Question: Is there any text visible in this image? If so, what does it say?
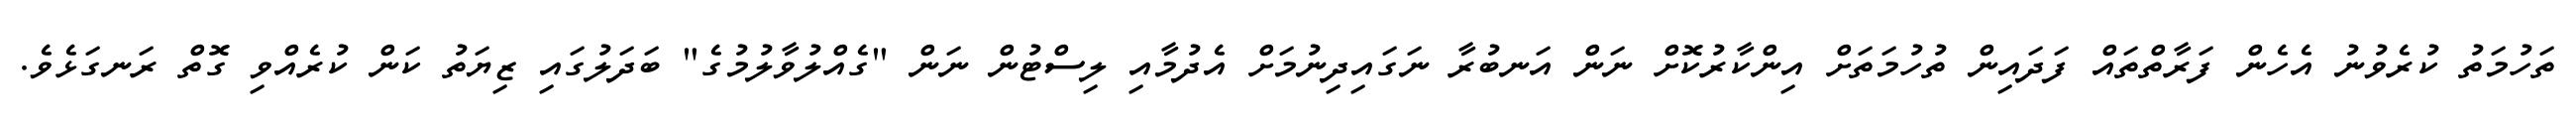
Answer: ތަހުމަތު ކުރެވުނު އެހެން ފަރާތްތައް ފަދައިން ތުހުމަތަށް އިންކާރުކޮށް ނަން އަނބުރާ ނަގައިދިނުމަށް އެދުމާއި ލިސްޓުން ނަން "ގެއްލުވާލުމުގެ" ބަދަލުގައި ޒިޔަތު ކަން ކުރެއްވި ގޮތް ރަނގަޅެވެ.